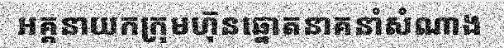
អគ្គនាយកក្រុមហ៊ុនឆ្នោតនាគនាំសំណាង